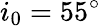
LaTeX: i_{0}=55^{\circ}